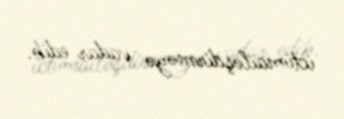
ictimailəşdirməyə vadar edib.